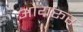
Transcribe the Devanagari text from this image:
ओयरूर